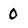
Character: 0